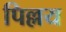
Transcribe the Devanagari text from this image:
पिल्लय